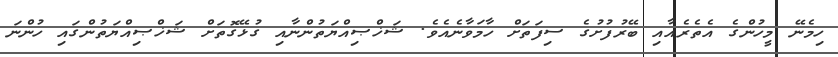
ހިމެނޭ މީހުންގެ އެތެރެއާއި ބޭރުފުށުގެ ސިފަތަށް ހާމަވާނެއެވެ. ޝަޚްޞިއްޔަތުންނާއި ގުޅޭގޮތަށް ޝަޚްޞިއްޔަތުންގައި ހުންނަ